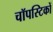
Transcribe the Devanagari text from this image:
चॉपस्टिकों